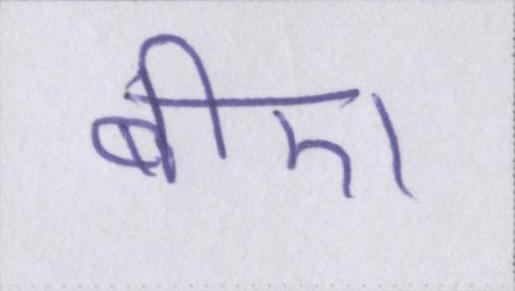
बीए